Treatise on elephants
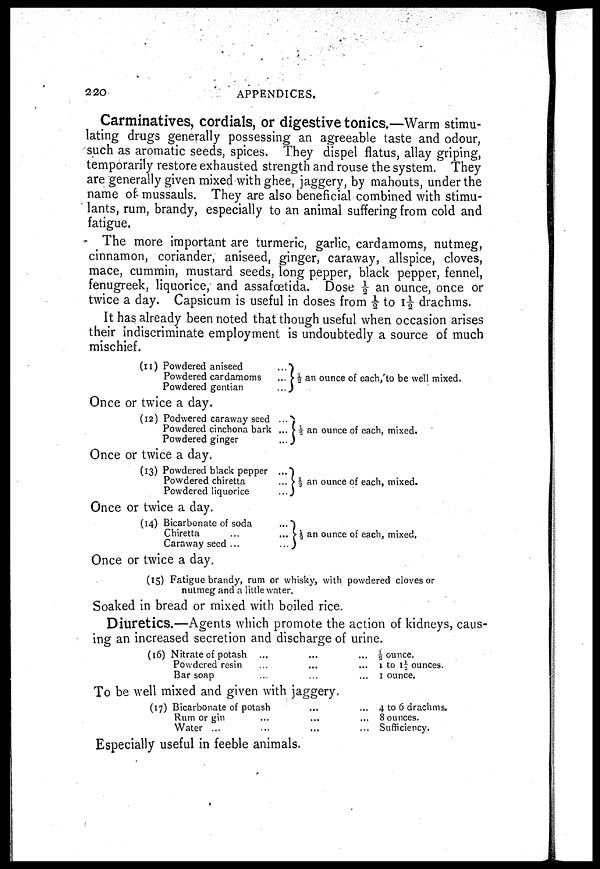
220
APPENDICES.
Carminatives, cordials, or digestive tonics.—Warm stimu
lating drugs generally possessing an agreeable taste and odour,
such as aromatic seeds, spices. They dispel flatus, allay griping,
temporarily restore exhausted strength and rouse the system. They
are generally given mixed with ghee, jaggery, by mahouts, under the
name of mussauls. They are also beneficial combined with stimu
lants, rum, brandy, especially to an animal suffering from cold and
fatigue.
The more important are turmeric, garlic, cardamoms, nutmeg,
cinnamon, coriander, aniseed, ginger, caraway, allspice, cloves,
mace, cummin, mustard seeds, long pepper, black pepper, fennel,
fenugreek, liquorice, and assafcetida. Dose ½ an ounce, once or
twice a day. Capsicum is useful in doses from ½ to I½ drachms.
It has already been noted that though useful when occasion arises
their indiscriminate employment is undoubtedly a source of much
mischief.
(11) Powdered aniseed...
Powdered cardamoms...
Powdered gentian...
⅓ an ounce of each, to be well mixed.
Once or twice a day.
(12) Podwered caraway seed...
Powdered cinchona bark...
Powdered ginger...
⅓ an ounce of each, mixed.
Once or twice a day.
(13) Powdered black pepper
Powdered chiretta
Powdered liquorice
... ⅓ an ounce of each, mixed.
Once or twice a day.
(14) Bicarbonate of soda...
Chiretta... ...
Caraway seed ... ...
⅓ an ounce of each, mixed.
Once or twice a day.
(15) Fatigue brandy, rum or whisky, with powdered cloves or
nutmeg and a little water.
Soaked in bread or mixed with boiled rice.
Diuretics.—Agents which promote the action of kidneys, caus
ing an increased secretion and discharge of urine.
(16) Nitrate of potash
...
...
...
Powdered resin
...
...
...
Bar soap ... ... ...
⅓ ounce.
1 to 1½ ounces.
1 ounce.
To be well mixed and given with jaggery.
(17) Bicarbonate of potash ... ...
Rum or gin
...
...
...
Water ...
...
...
...
4 to 6 drachms.
8 ounces.
Sufficiency.
Especially useful in feeble animals.